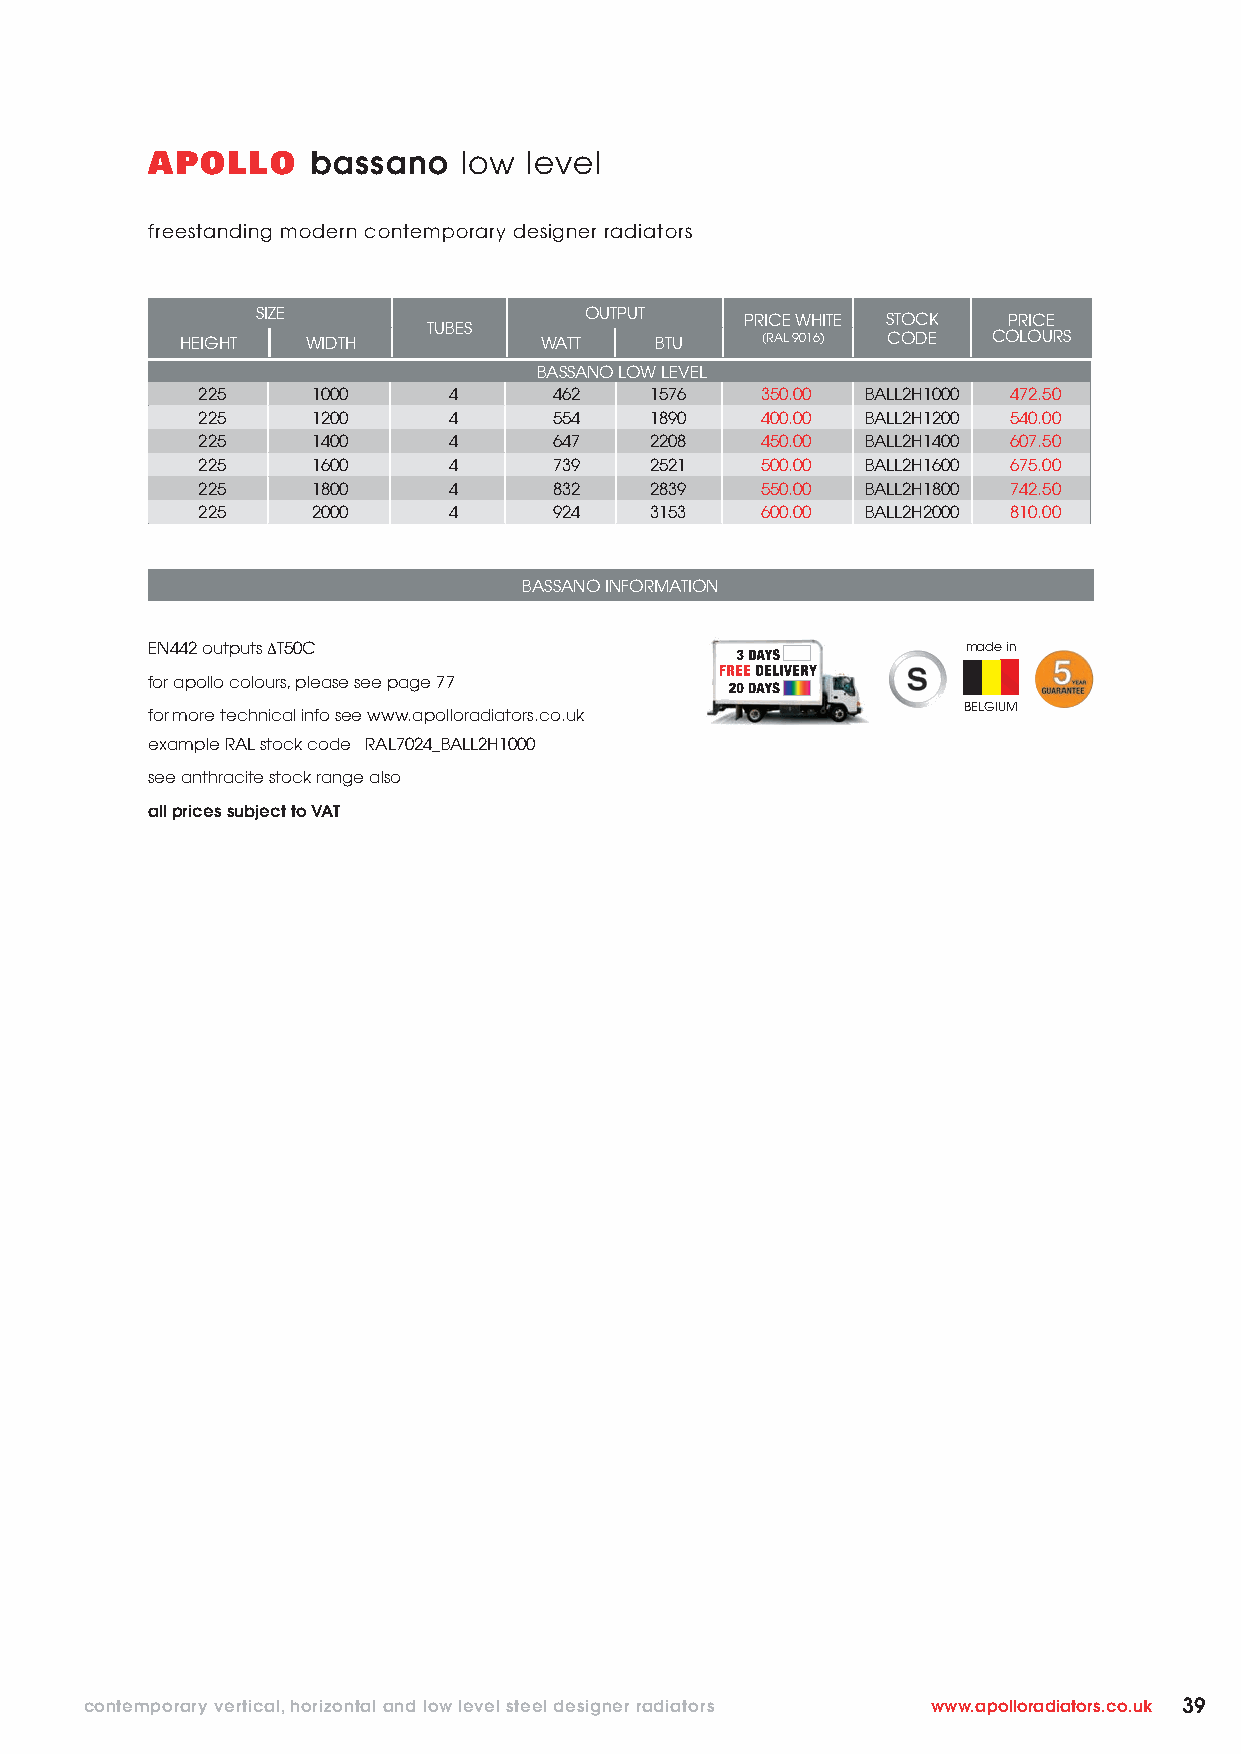
APOLLO     bassano  low  level
 freestanding modern contemporary designer radiators
 SIZE                  OUTPUT    PRICE WHITE STOCK PRICE
 TUBES
 HEIGHT  WIDTH           WATT   BTU    (RAL 9016) CODE COLOURS
 BASSANO LOW LEVEL
 225     1000     4      462   1576   350.00 BALL2H1000 472.50
 225     1200     4      554   1890   400.00 BALL2H1200 540.00
 225     1400     4      647   2208   450.00 BALL2H1400 607.50
 225     1600     4      739   2521   500.00 BALL2H1600 675.00
 225     1800     4      832   2839   550.00 BALL2H1800 742.50
 225     2000     4      924   3153   600.00 BALL2H2000 810.00
 BASSANO INFORMATION
 EN442 outputs ΔT50C                                   made in
 for apollo colours, please see page 77
 BELGIUM
 for more technical info see www.apolloradiators.co.uk
 example RAL stock code RAL7024_BALL2H1000
 see anthracite stock range also
 all prices subject to VAT
 contemporary vertical, horizontal and low level steel designer radiators www.apolloradiators.co.uk 39